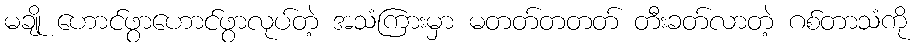
မချို ဟောင်ဖွာဟောင်ဖွာလုပ်တဲ့ အသံကြားမှာ မတတ်တတတ် တီးခတ်လာတဲ့ ဂစ်တာသံကို